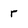
Character: r